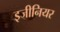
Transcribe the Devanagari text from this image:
इ़जीनियर